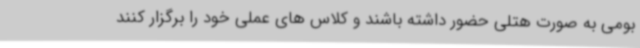
بومی به صورت هتلی حضور داشته باشند و کلاس های عملی خود را برگزار کنند